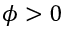
\phi > 0